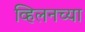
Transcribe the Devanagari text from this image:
व्हिलनच्या